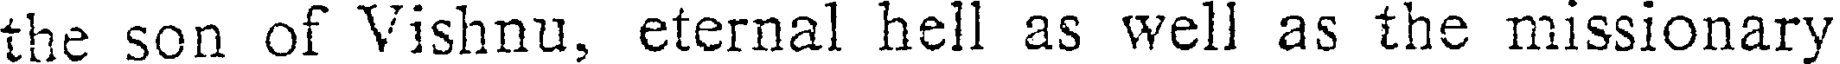
the son of Vishnu, eternal hell as well as the missionary